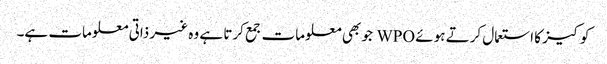
کوکیز کا استعمال کرتے ہوئے WPO جو بھی معلومات جمع کرتا ہے وہ غیر ذاتی معلومات ہے۔